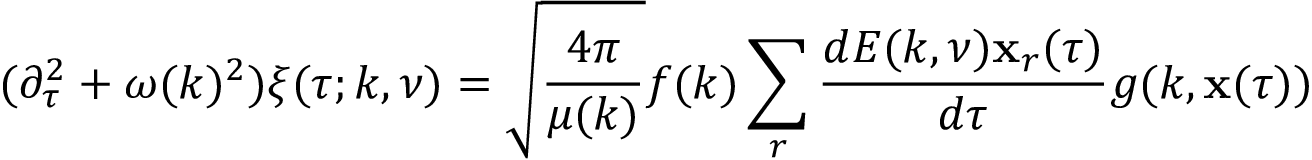
( \partial _ { \tau } ^ { 2 } + \omega ( k ) ^ { 2 } ) \xi ( \tau ; k , \nu ) = \sqrt { \frac { 4 \pi } { \mu ( k ) } } f ( k ) \sum _ { r } \frac { d { \cal E } ( k , \nu ) { \bf x } _ { r } ( \tau ) } { d \tau } g ( k , { \bf x } ( \tau ) )